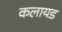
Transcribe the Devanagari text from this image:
कलायड